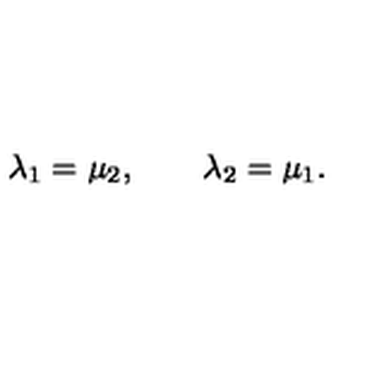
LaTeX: \lambda _ { 1 } = \mu _ { 2 } , \qquad \lambda _ { 2 } = \mu _ { 1 } .